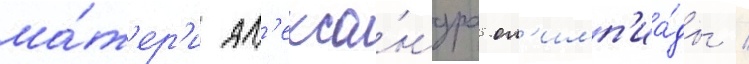
ма́т'ер'и ал'екса́ндра ол'имп'иа́ды /